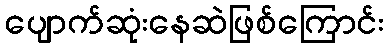
ပျောက်ဆုံးနေဆဲဖြစ်ကြောင်း